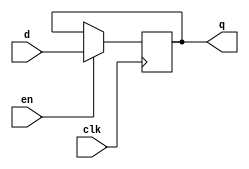
/* File:            reg.v
 * Original Date:   9/14/2011 
 * Description:     For registers and D-FFs modules reuse purpose.
 * Copyright:       All right reserved by Xiao,Chang.
 *
 * Notice: Please do me a favor to NOT remove the content above. 
 *         If you have any modification and description on this, please add it anywhere you like!.
 *         This is all I need when I do this.
 *         Thank you very much for concernning and Welcome to join into my work!
 *         Please Feel free to email me by the email address above.
 */
`ifndef REG_V
`define REG_V
module dff_en(
    input d,
    input en,
    input clk,
    output reg q
);
always @ (posedge clk)begin
    if(en)q <= d;
end
endmodule

module dff_en_rst(
    input d,
    input en,
    input rst,
    input clk,
    output reg q
);
always @ (posedge clk)begin
    if(rst) q <= 0;
    else if(en)q <= d;
end
endmodule

module reg_8(
    input [7:0] in,
    input clk,
    output reg [7:0]out);
always @ (posedge clk) begin
    out <= in;
end
endmodule

module reg_8_en(
    input [7:0] in,
    input clk,
    input en,
    output reg [7:0]out);
always @ (posedge clk) begin
    if(en) out <= in;
end
endmodule


module reg_16_en(
    input [15:0]in,
    input clk,
    input en,
    output reg [15:0]out);
always @(posedge clk)begin
    if(en == 1'b1)  out <= in;
end
endmodule

module reg_32_en(
    input [31:0]in,
    input clk,
    input en,
    output reg [31:0]out);
always @(posedge clk)begin
    if(en) out <= in;
end
endmodule
`endif